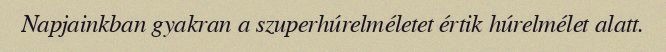
Napjainkban gyakran a szuperhúrelméletet értik húrelmélet alatt.